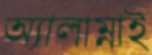
অ্যালাম্নাই